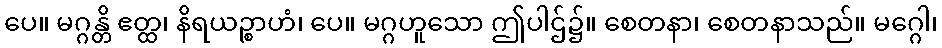
ပေ။ မဂ္ဂန္တိ ဧတ္ထ၊ နိရယဉ္စာဟံ၊ ပေ။ မဂ္ဂဟူသော ဤပါဌ်၌။ စေတနာ၊ စေတနာသည်။ မဂ္ဂေါ၊